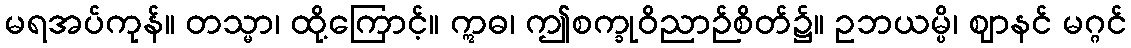
မရအပ်ကုန်။ တသ္မာ၊ ထို့ကြောင့်။ ဣဓ၊ ဤစက္ခုဝိညာဉ်စိတ်၌။ ဥဘယမ္ပိ၊ ဈာနင် မဂ္ဂင်